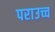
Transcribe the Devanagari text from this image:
पराउच्च